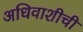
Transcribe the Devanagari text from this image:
अधिवाशीची